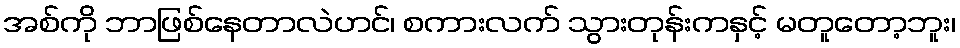
အစ်ကို ဘာဖြစ်နေတာလဲဟင်၊ စကားလက် သွားတုန်းကနှင့် မတူတော့ဘူး၊